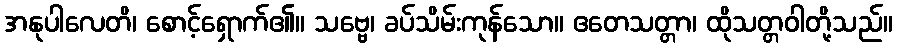
အနုပါလေတိ၊ စောင့်ရှောက်၏။ သဗ္ဗေ၊ ခပ်သိမ်းကုန်သော။ ဧတေသတ္တာ၊ ထိုသတ္တဝါတို့သည်။